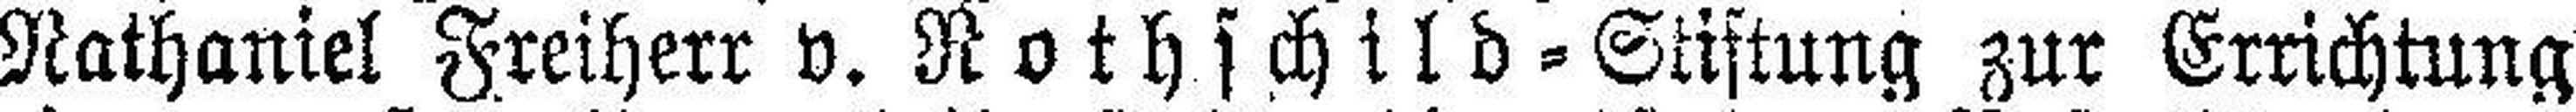
Nathaniel Freiherr v. Rothschild=Stiftung zur Errichtung